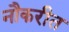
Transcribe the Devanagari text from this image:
नौकरीत